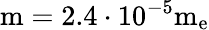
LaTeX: \mathrm{{m}=2.4\cdot 10^{-5}\mathrm{{m_{e}}}}